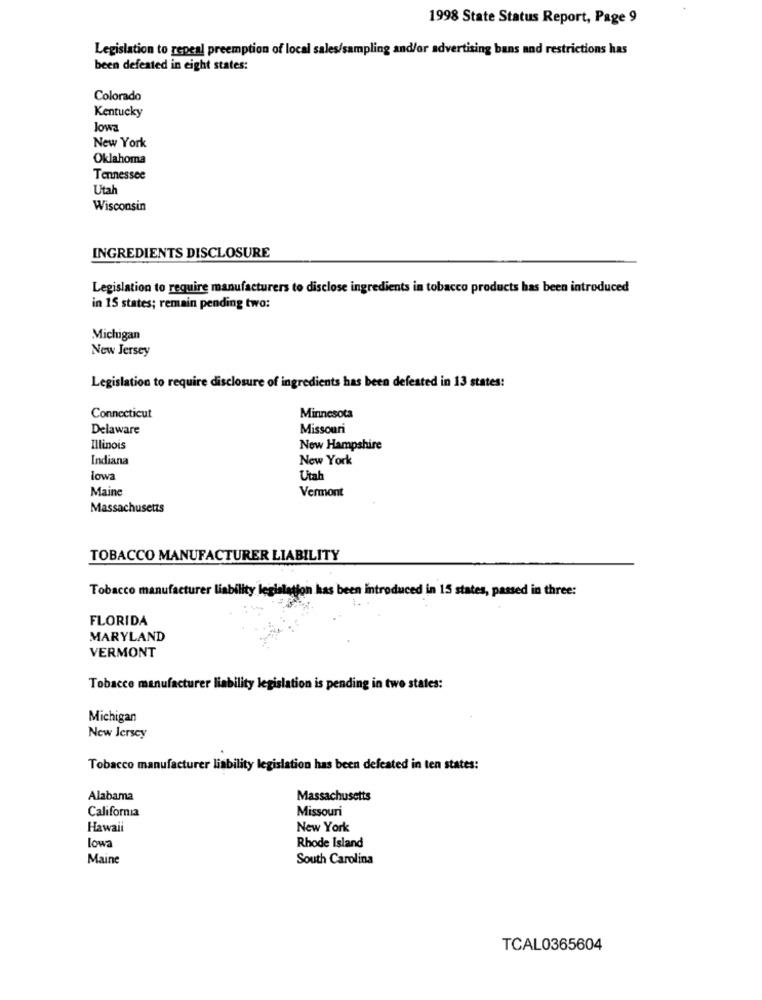
1998 State Status Report, Page 9
Legislation to repeal preemption of local sales/sampling and/or advertising bans and restrictions has
been defeated in eight states:
Colorado
Kentucky
lowa
New York
Oklahoma
Tennessee
Utah
Wisconsin
INGREDIENTS DISCLOSURE
Legislation to require manufacturers to disclose ingredients in tobacco products has been introduced
in 15 states; remain pending two:
Michigan
New Jersey
Legislation to require disclosure of ingredients has been defeated in 13 states:
Connecticut
Minnesota
Delaware
Missouri
Illinois
New Hampshire
Indiana
New York
lowa
Utah
Maine
Vermont
Massachusetts
TOBACCO MANUFACTURER LIABILITY
Tobacco manufacturer liability legislation has been introduced in 15 states, passed in three:
FLORIDA
MARYLAND
VERMONT
Tobacco manufacturer liability legislation is pending in two states:
Michigan
New Jersey
Tobacco manufacturer liability legislation has been defeated in ten states:
Alabama
Massachusetts
California
Missouri
Hawaii
New York
lowa
Rhode Island
Maine
South Carolina
TCAL0365604